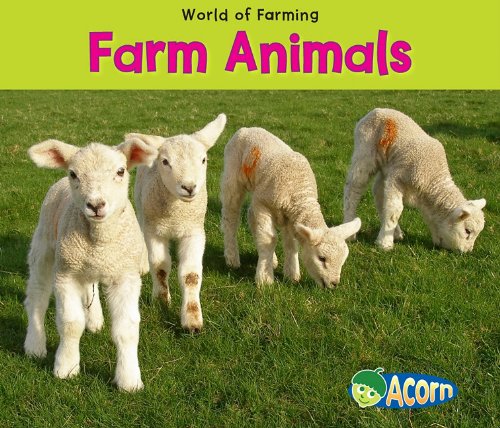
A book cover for Farm Animals (World of Farming); Nancy Dickmann; Children's Books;